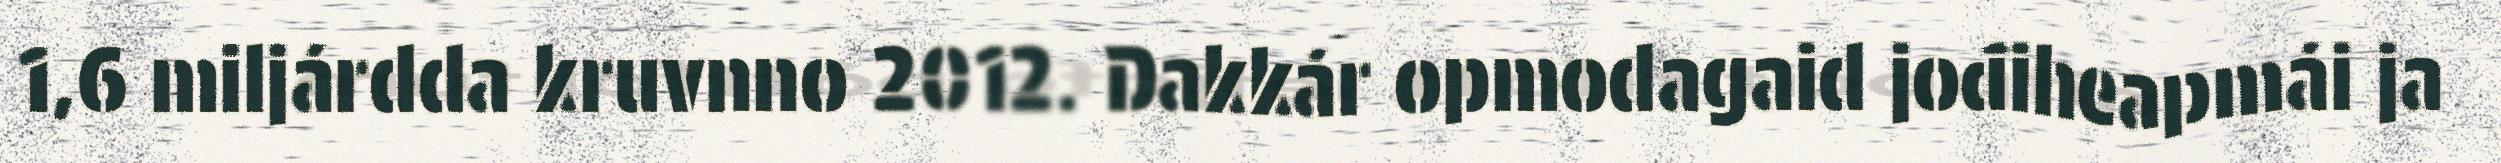
1,6 miljárdda kruvnno 2012. Dakkár opmodagaid jođiheapmái ja